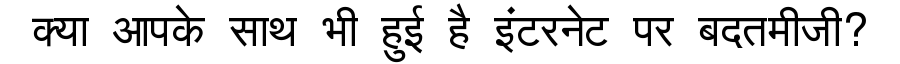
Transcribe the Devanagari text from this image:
क्या आपके साथ भी हुई है इंटरनेट पर बदतमीजी?